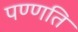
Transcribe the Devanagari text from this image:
पण्णति